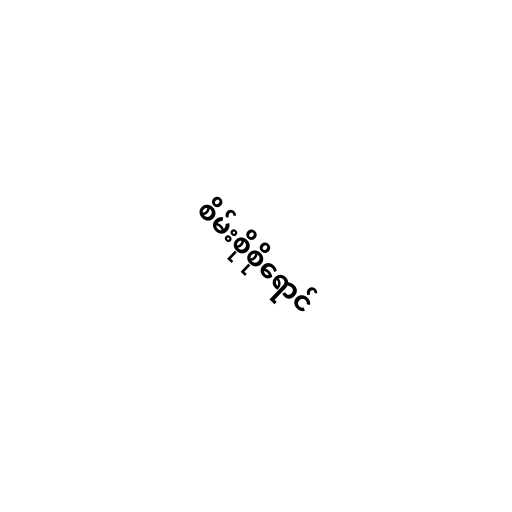
စိမ်းစိုစိုရောင်